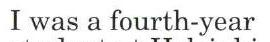
I was a fourth-year